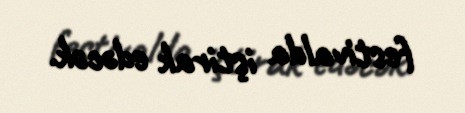
festivalda iştirak edəcək.